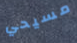
مسيحي